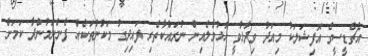
އެޗްޑީސީގެ އޮފިޝަލަކު މިއަދު ވިދާޅުވީ ހުޅުމާލެއިން ނުރައްކާތެރި ފައިދިގު މަކުނުތަކެއް ފެންނަމުންދާ ކަމަށް